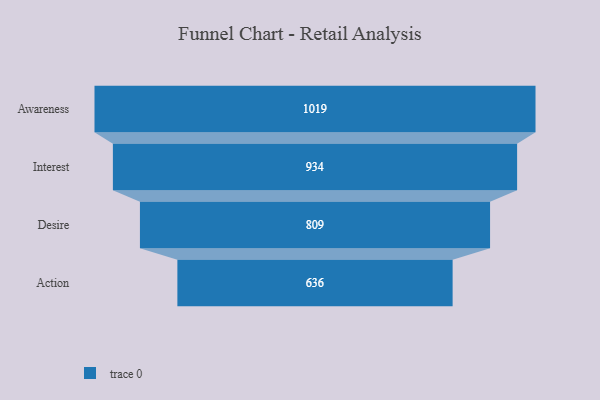
{"axis": {"x": "Stage", "y": "Value"}, "legend": [""], "data": [{"x": "Awareness", "y": 1019.0, "type": ""}, {"x": "Interest", "y": 934.0, "type": ""}, {"x": "Desire", "y": 809.0, "type": ""}, {"x": "Action", "y": 636.0, "type": ""}]}